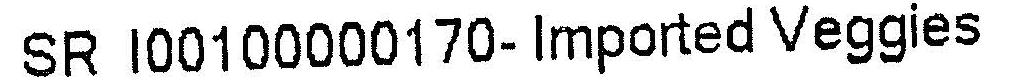
SR I00100000170- IMPORTED VEGGIES